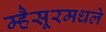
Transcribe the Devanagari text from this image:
म्हैसूरमधले